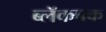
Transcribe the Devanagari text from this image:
ब्लॅकबक